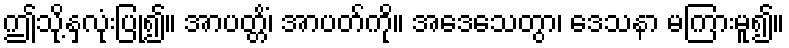
ဤသို့နှလုံးပြု၍။ အာပတ္တိံ၊ အာပတ်ကို။ အဒေသေတွာ၊ ဒေသနာ မကြားမူ၍။